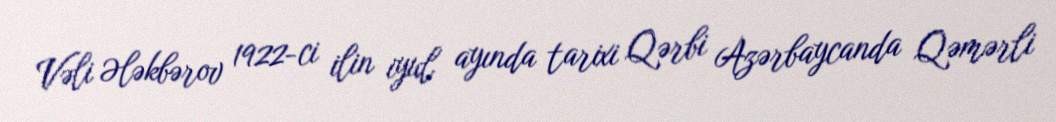
Vəli Ələkbərov 1922-ci ilin iyul ayında tarixi Qərbi Azərbaycanda Qəmərli